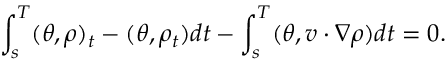
\int _ { s } ^ { T } ( \theta , \rho ) _ { t } - ( \theta , \rho _ { t } ) d t - \int _ { s } ^ { T } ( \theta , v \cdot \nabla \rho ) d t = 0 .